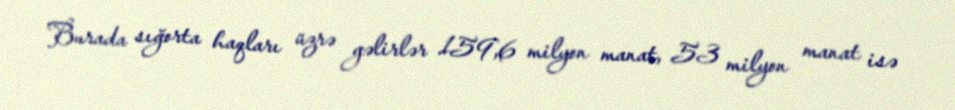
Burada sığorta haqları üzrə gəlirlər 159,6 milyon manat, 53 milyon manat isə